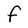
Character: f